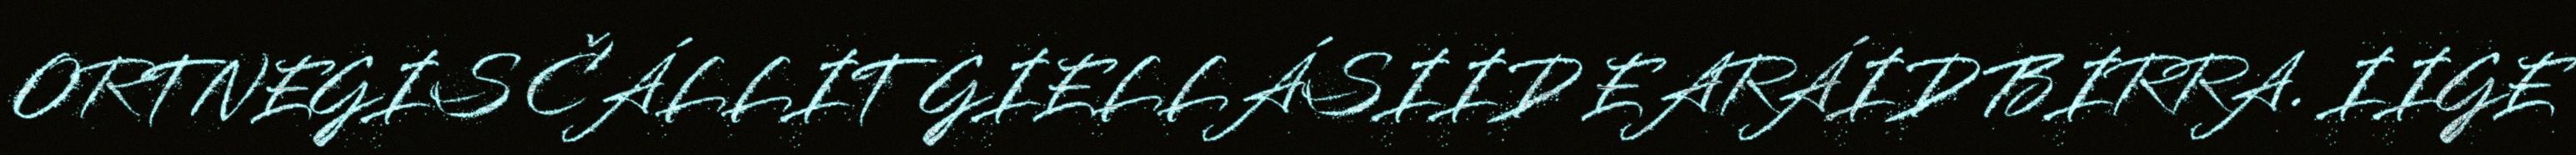
ORTNEGIS ČÁLLIT GIELLÁSIID EARÁID BIRRA. IIGE